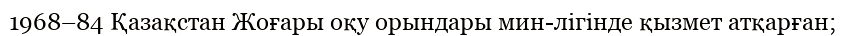
1968–84 Қазақстан Жоғары оқу орындары мин-лігінде қызмет атқарған;